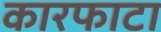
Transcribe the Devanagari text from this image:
कारफाटा